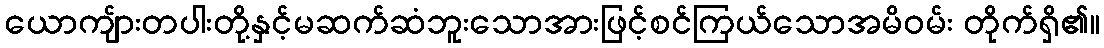
ယောကျ်ားတပါးတို့နှင့်မဆက်ဆံဘူးသောအားဖြင့်စင်ကြယ်သောအမိဝမ်း တိုက်ရှိ၏။